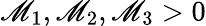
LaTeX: \mathscr{M}_{1},\mathscr{M}_{2},\mathscr{M}_{3}>0